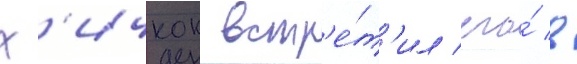
Х'ичкок встр'е́т'ил его́ в